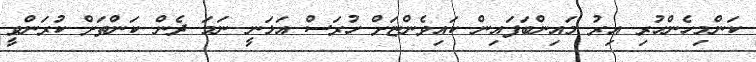
ކަންމިހެންހުރި އިރު މައިންބަފައިން ކައިވެންޏަށް ހުރަސް އަޅަނީ ނަމަ ދެން ކަންތަށް ކުރަންވީ